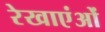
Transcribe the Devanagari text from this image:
रेखाएंओं